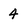
Character: 4